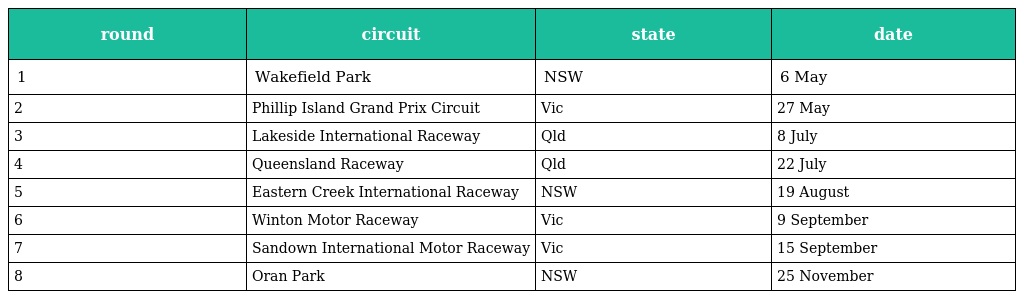
| round | circuit | state | date |
 | --- | --- | --- | --- |
 | 1 | Wakefield Park | NSW | 6 May |
 | 2 | Phillip Island Grand Prix Circuit | Vic | 27 May |
 | 3 | Lakeside International Raceway | Qld | 8 July |
 | 4 | Queensland Raceway | Qld | 22 July |
 | 5 | Eastern Creek International Raceway | NSW | 19 August |
 | 6 | Winton Motor Raceway | Vic | 9 September |
 | 7 | Sandown International Motor Raceway | Vic | 15 September |
 | 8 | Oran Park | NSW | 25 November |